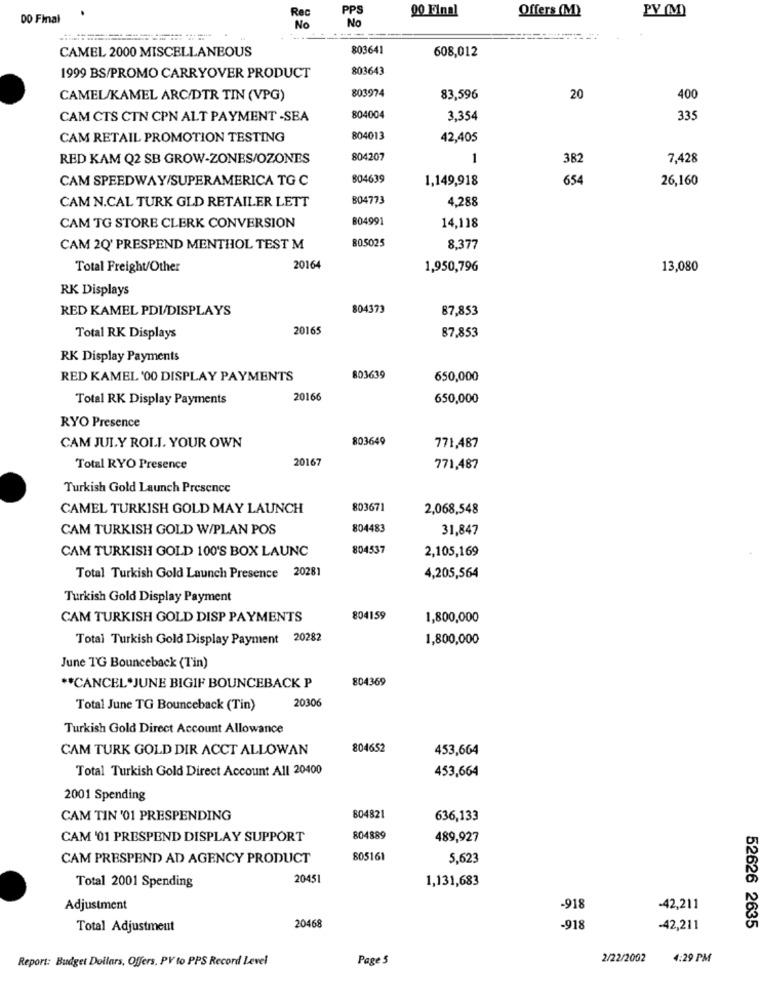
PPS
00 Final
Offers (M)
PY (M)
DO Final
Rec
No
No
CAMEL 2000 MISCELLANEOUS
803641
608,012
803643
1999 BS/PROMO CARRYOVER PRODUCT
CAMEL/KAMEL ARC/DTR TIN (VPG)
803974
83,596
20
400
CAM CTS CTN CPN ALT PAYMENT -SEA
804004
3,354
335
CAM RETAIL PROMOTION TESTING
804013
42,405
RED KAM Q2 SB GROW-ZONES/OZONES
804207
1
382
7,428
CAM SPEEDWAY/SUPERAMERICA TG C
804639
1,149,918
654
26,160
804773
CAM N.CAL TURK GLD RETAILER LETT
4,288
804991
CAM TG STORE CLERK CONVERSION
14,118
80.5025
CAM 2Q' PRESPEND MENTHOL TEST M
8,377
Total Freight/Other
20164
1,950,796
13,080
RK Displays
RED KAMEL PDI/DISPLAYS
804373
87,853
20165
Total RK Displays
87,853
RK Display Payments
RED KAMEL '00 DISPLAY PAYMENTS
803639
650,000
Total RK Display Payments
20166
650,000
RYO Presence
803649
CAM JUL.Y ROLI. YOUR OWN
771,487
20167
Total RYO Presence
771,487
Turkish Gold Launch Presence
CAMEL TURKISH GOLD MAY LAUNCH
803671
2,068,548
CAM TURKISH GOLD W/PLAN POS
804483
31,847
CAM TURKISH GOLD 100'S BOX LAUNC
804537
2,105,169
Total Turkish Gold Launch Presence 20281
4,205,564
Turkish Gold Display Payment
CAM TURKISH GOLD DISP PAYMENTS
804159
1,800,000
Total Turkish Gold Display Payment 20282
1,800,000
June TG Bounceback (Tin)
804369
** CANCEL*JUNE BIGIF BOUNCEBACK P
20306
Total June TG Bounceback (Tin)
Turkish Gold Direct Account Allowance
CAM TURK GOLD DIR ACCT ALLOWAN
804652
453,664
Total Turkish Gold Direct Account All 20400
453,664
2001 Spending
CAM TIN '01 PRESPENDING
804821
636,133
CAM '01 PRESPEND DISPLAY SUPPORT
804889
489,927
CAM PRESPEND AD AGENCY PRODUCT
805161
5,623
Total 2001 Spending
20451
1,131,683
Adjustment
-918
-42,211
20468
Total Adjustment
-918
-42,211
52626 2635
Report: Budget Dollars, Offers. PV to PPS Record Level
Page 5
2/22/2002
4:29 PM